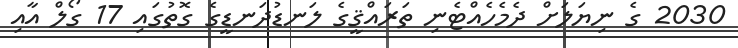
2030 ގެ ނިޔަލަށް ދެމެހެއްޓެނި ތަރައްޤީގެ ލަނޑުދަނޑީގެ ގޮތުގައި 17 ގޯލް އާއި